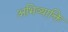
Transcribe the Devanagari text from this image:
अभिव्याक्ति